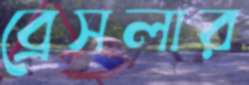
ব্রেসলার